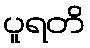
ပူရတိ